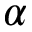
\alpha